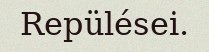
Repülései.